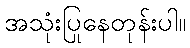
အသုံးပြုနေတုန်းပါ။